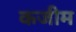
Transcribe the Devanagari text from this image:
कजीम